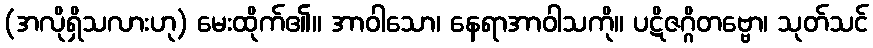
(အလိုရှိသလားဟု) မေးထိုက်၏။ အာဝါသော၊ နေရာအာဝါသကို။ ပဋိဇဂ္ဂိတဗ္ဗော၊ သုတ်သင်